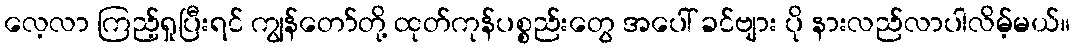
လေ့လာ ကြည့်ရှုပြီးရင် ကျွန်တော်တို့ ထုတ်ကုန်ပစ္စည်းတွေ အပေါ် ခင်ဗျား ပို နားလည်လာပါလိမ့်မယ်။